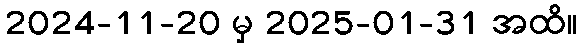
2024-11-20 မှ 2025-01-31 အထိ။